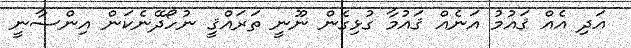
އަދި އެއް ޤައުމު އަނެއް ޤައުމާ ގުޅިގެން ނޫނީ ތަރައްޤީ ނުހޯދޭނެކަން އިންސާނީ